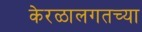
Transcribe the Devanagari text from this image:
केरळालगतच्या